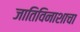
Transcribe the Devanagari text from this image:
जातिविनाशाचा